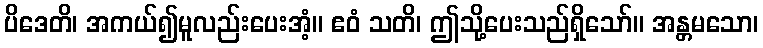
ပိဒေတိ၊ အကယ်၍မူလည်းပေးအံ့။ ဧဝံ သတိ၊ ဤသို့ပေးသည်ရှိသော်။ အန္တမသော၊